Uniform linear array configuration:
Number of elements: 12
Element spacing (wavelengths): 1
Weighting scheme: uniform
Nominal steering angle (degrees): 30
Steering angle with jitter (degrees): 30.007
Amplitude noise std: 0.05
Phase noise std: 0.05

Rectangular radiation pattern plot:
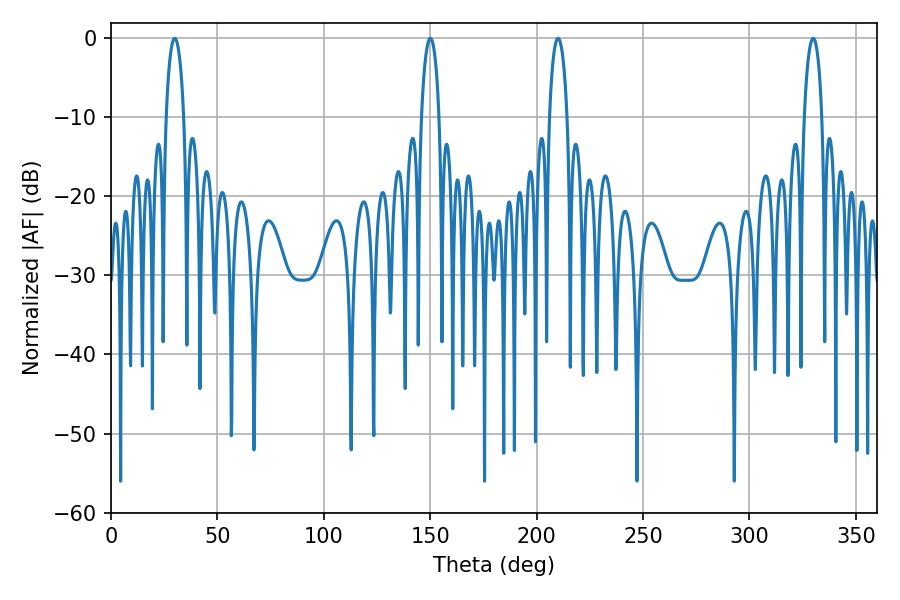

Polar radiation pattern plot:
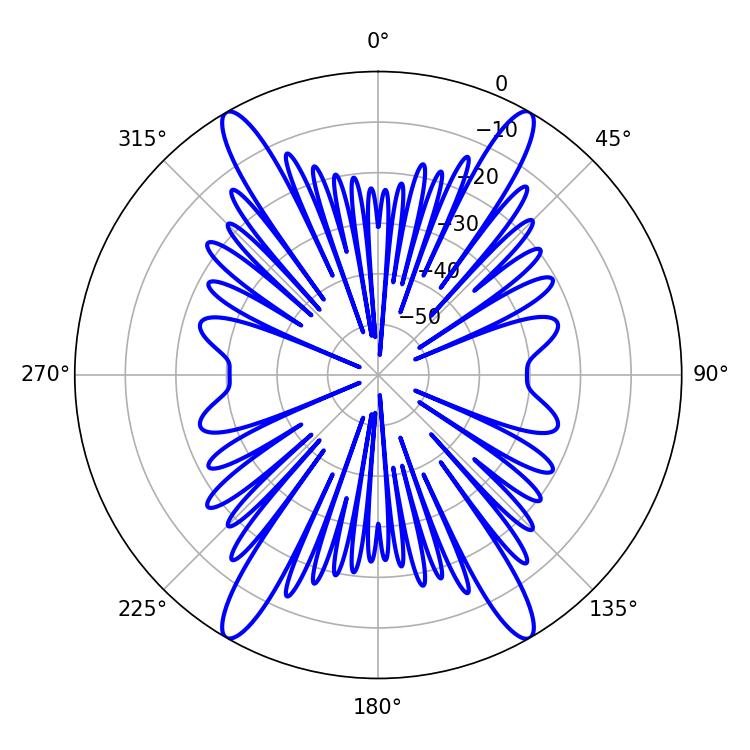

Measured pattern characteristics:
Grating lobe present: TRUE
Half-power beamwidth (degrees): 4.68
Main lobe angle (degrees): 210.06